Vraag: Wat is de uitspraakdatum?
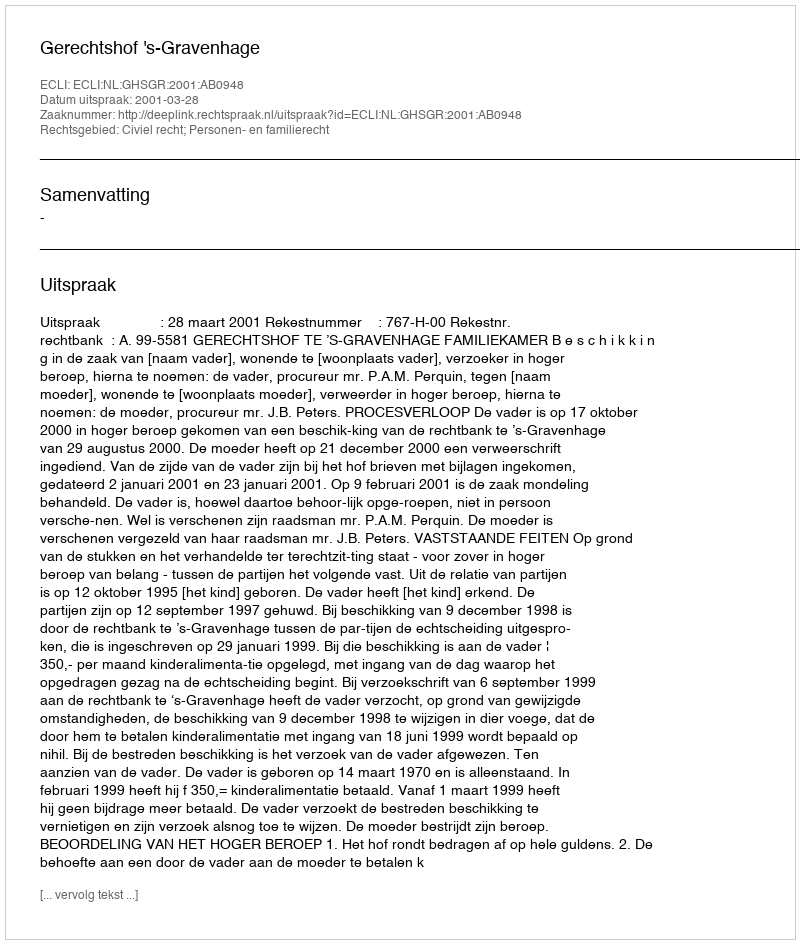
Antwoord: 2001-03-28